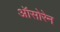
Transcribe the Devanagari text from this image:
ऑसोरेन